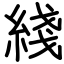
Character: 綫